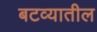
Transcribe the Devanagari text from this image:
बटव्यातील